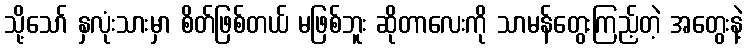
သို့သော် နှလုံးသားမှာ စိတ်ဖြစ်တယ် မဖြစ်ဘူး ဆိုတာလေးကို သာမန်တွေးကြည့်တဲ့ အတွေးနဲ့